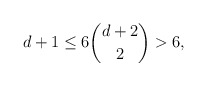
\begin{align*}d+1 \le 6 \binom{d+2}{2} > 6, \end{align*}